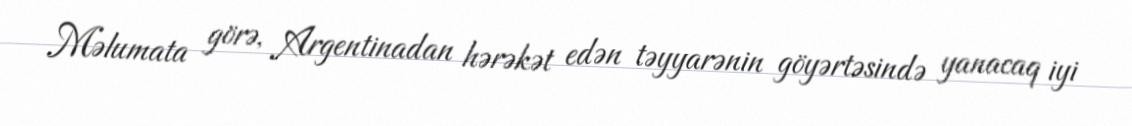
Məlumata görə, Argentinadan hərəkət edən təyyarənin göyərtəsində yanacaq iyi